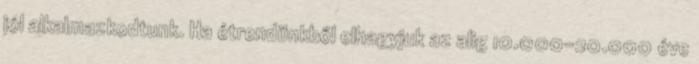
jól alkalmazkodtunk. Ha étrendünkből elhagyjuk az alig 10.000-20.000 éve